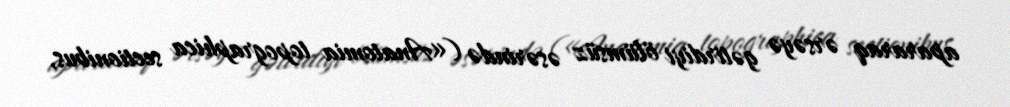
apararaq ərsəyə gətirdiyi ölümsüz əsərində («Anatomia topographica sectionibus,